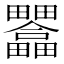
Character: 𤴇